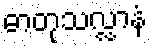
ဓာတုသလ္လာနံ